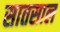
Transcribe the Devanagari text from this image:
सातसाल